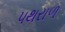
પથરાળ